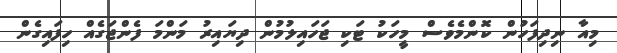
މިއާ ނިދިފަހުން ކޮންމެވެސް މީހަކު ޓަކި ޖަހައިލުމުން ދިޔައިރު މަންމަ ފެންޖަގެއް ހިފައިގެން